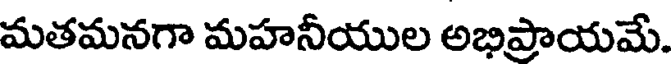
మతమనగా మహనీయుల అభిప్రాయమే.